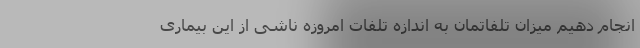
انجام دهیم میزان تلفاتمان به اندازه تلفات امروزه ناشی از این بیماری